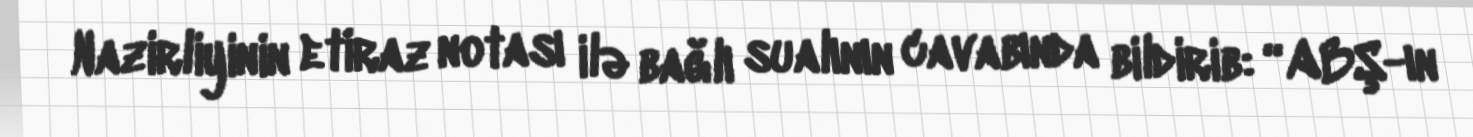
Nazirliyinin etiraz notası ilə bağlı sualının cavabında bildirib: “ABŞ-ın